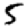
Digit: 5